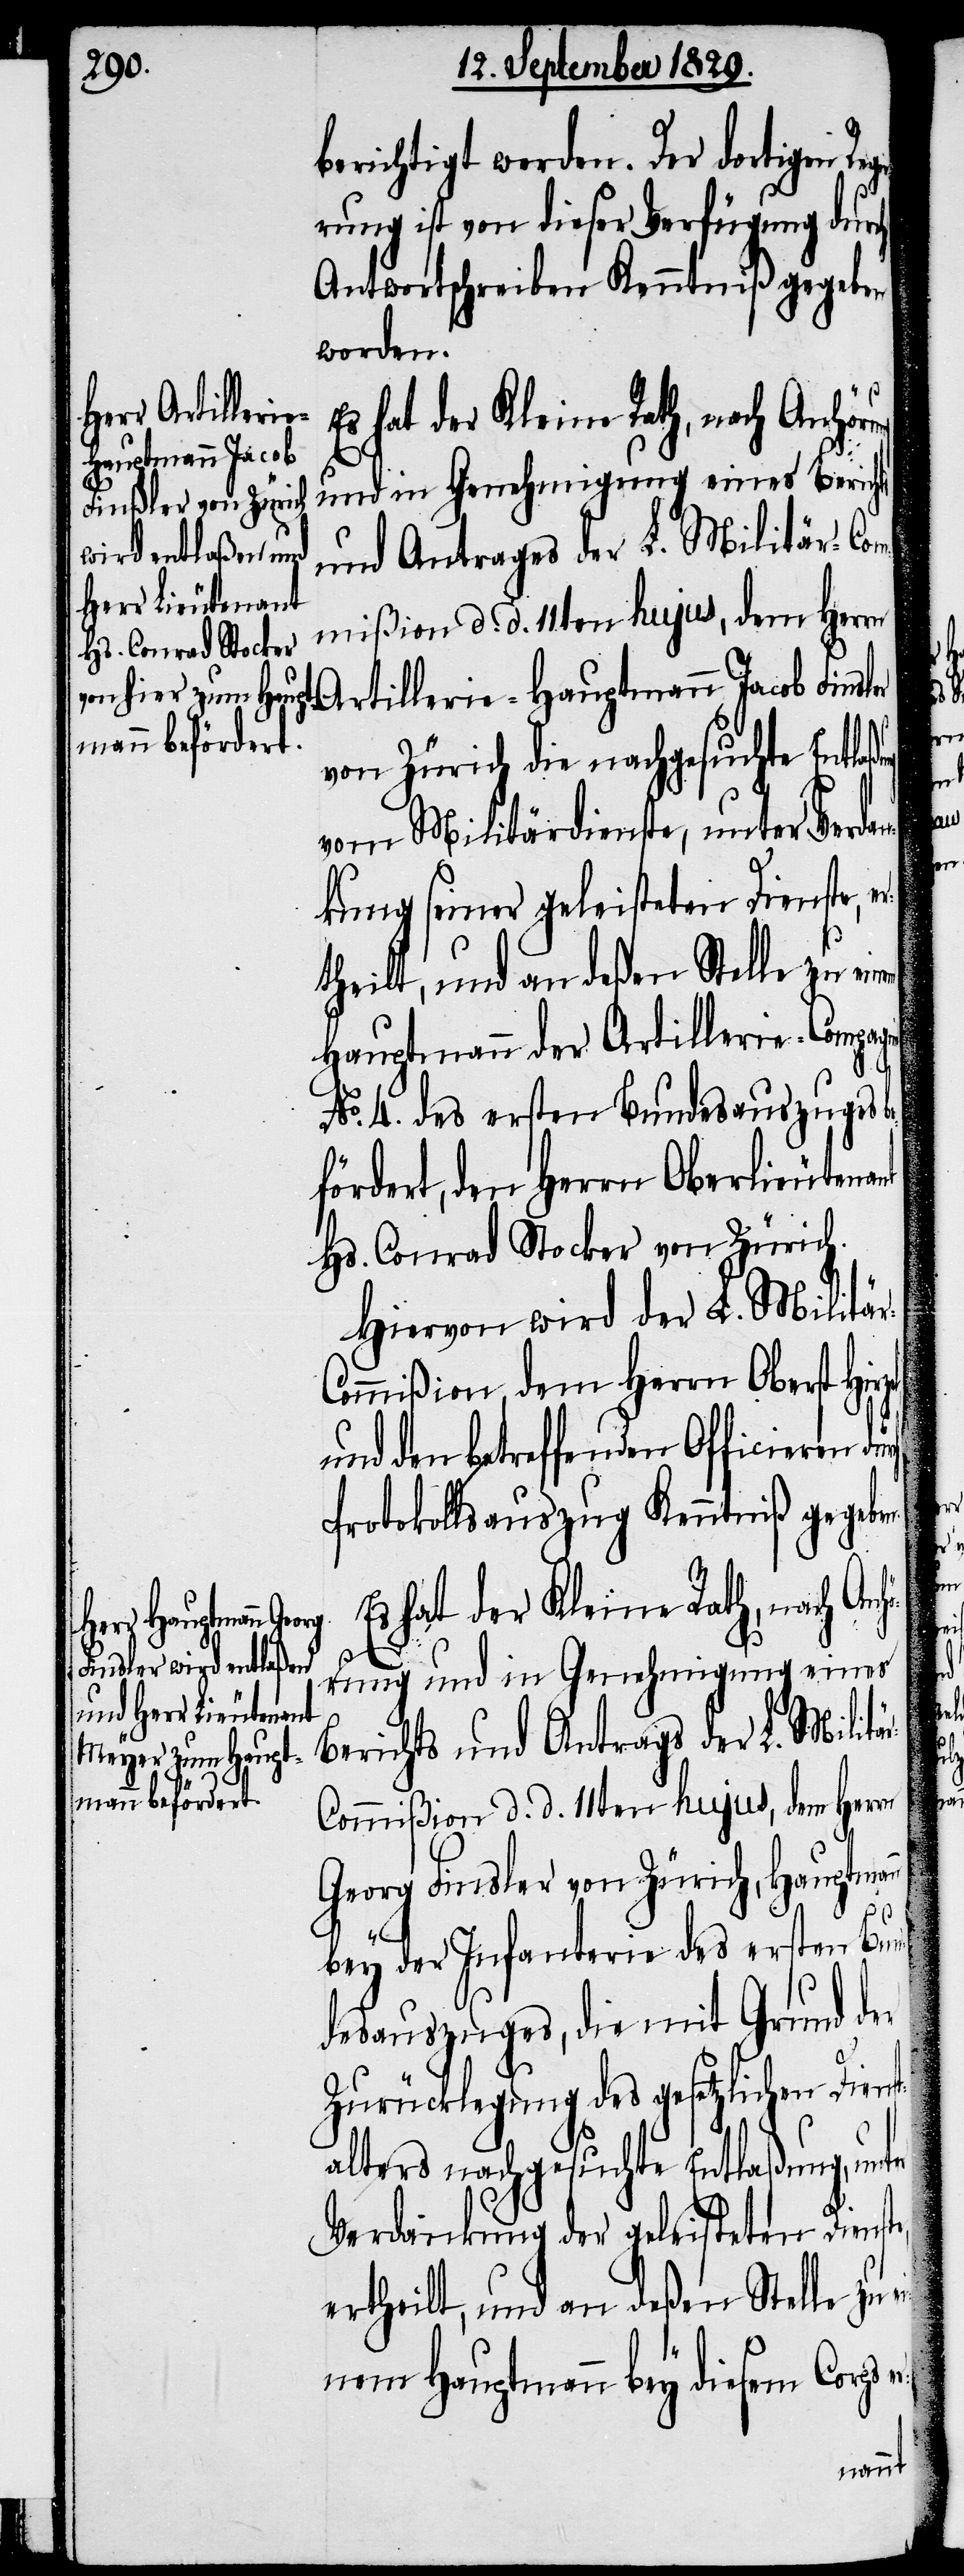
berichtigt werden. Der dortigen Re¬
rung ist von dieser Verfügung durch
Antwortschreiben Kenntniß gegeben
worden.
Es hat der Kleine Rath, nach Anhör¬
und in Genehmigung eines Berich¬
und Antrages der L. Militär-Com¬
mißion d. d. 11ten hujus, dem Herrn
Artillerie-Hauptmann Jacob Finsl¬
von Zürich die nachgesuchte Entl¬
vom Militärdienste, unter Verda¬
nkung seiner geleisteten Dienste,
Hauptmann der Artillerie-Compag¬
No. 4. des ersten Bundesauszuges b¬
efördert, den Herrn Oberlieutenant
Hs. Conrad Stocker von Zürich.
Hiervon wird der L. Militä¬
ommißion, dem Herrn Oberst Hirz¬
und den betreffenden Officieren
Protokollsauszug Kenntniß gegebe¬
ung und in Genehmigung eines
Berichts und Antrags der L. Militä¬
r-Commißion d. d. 11ten hujus, dem Herrn
Georg Finsler von Zürich, Hauptman¬
bey der Infanterie des ersten Bun¬
desauszuges, die mit Grund der
Zurücklegung des gesetzlichen Dien¬
alters nachgesuchte Entlaßung, unt¬
Verdankung der geleisteten Dienst¬
ertheilt, und an deßen Stelle zu e¬
inem Hauptmann bey diesem Corps

n
el,
e,

st¬

inem